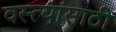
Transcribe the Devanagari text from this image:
वस्त्यांसाठी